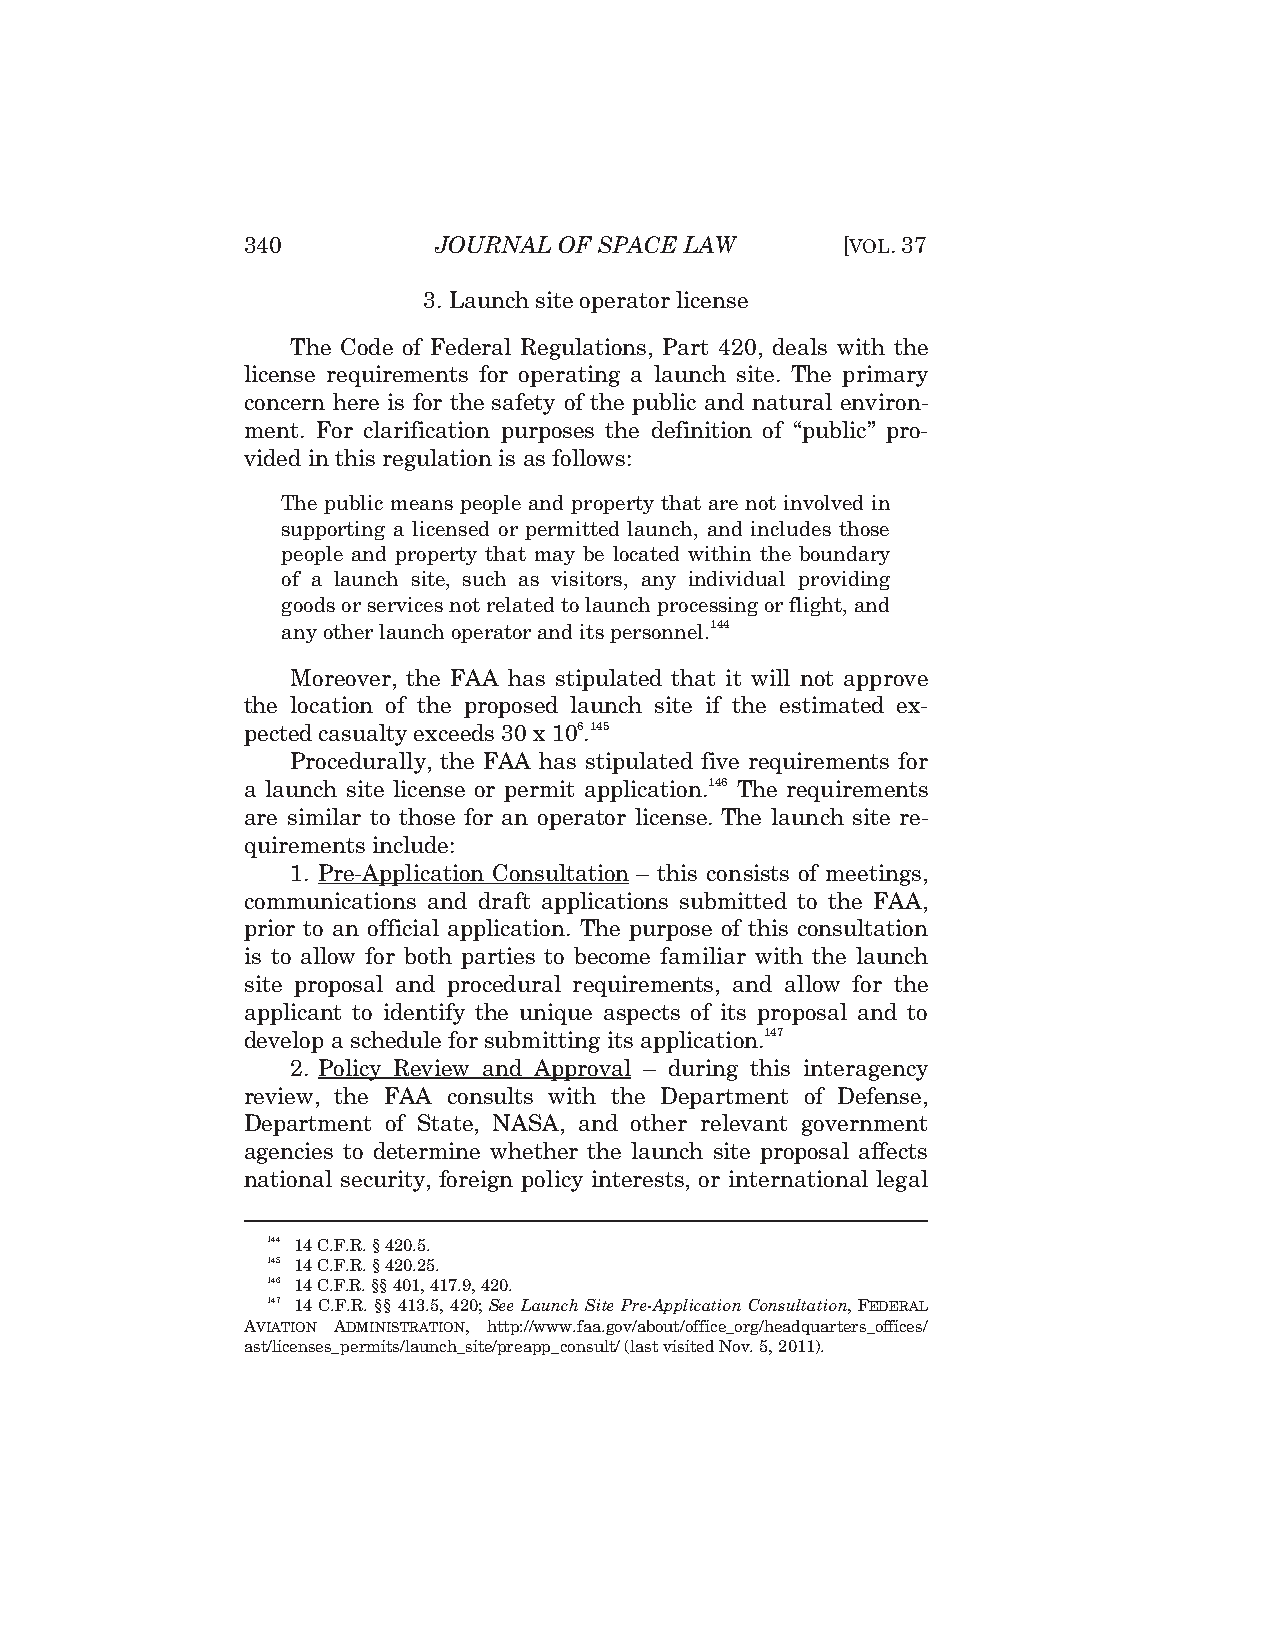
340          JOURNAL OF SPACE LAW       [VOL.37
 3. Launch site operator license
 The Code of Federal Regulations, Part 420, deals with the
 license requirements for operating a launch site. The primary
 concern here is for the safety of the public and natural environ-
 ment. For clarification purposes the definition of “public” pro-
 vided in this regulation is as follows:
 The public means people and property that are not involved in
 supporting a licensed or permitted launch, and includes those
 people and property that may be located within the boundary
 of a launch site, such as visitors, any individual providing
 goods or services not related to launch processing or flight, and
 any other launch operator and its personnel.144
 Moreover, the FAA has stipulated that it will not approve
 the location of the proposed launch site if the estimated ex-
 pected casualty exceeds 30 x 106.145
 Procedurally, the FAA has stipulated five requirements for
 a launch site license or permit application.146 The requirements
 are similar to those for an operator license. The launch site re-
 quirements include:
 1. Pre-Application Consultation – this consists of meetings,
 communications and draft applications submitted to the FAA,
 prior to an official application. The purpose of this consultation
 is to allow for both parties to become familiar with the launch
 site proposal and procedural requirements, and allow for the
 applicant to identify the unique aspects of its proposal and to
 develop a schedule for submitting its application.147
 2. Policy Review and Approval – during this interagency
 review, the FAA consults with the Department of Defense,
 Department of State, NASA, and other relevant government
 agencies to determine whether the launch site proposal affects
 national security, foreign policy interests, or international legal
 144 14 C.F.R. § 420.5.
 145 14 C.F.R. § 420.25.
 146 14 C.F.R. §§ 401, 417.9, 420.
 147 14 C.F.R. §§ 413.5, 420; See Launch Site Pre-Application Consultation, FEDERAL
 AVIATION ADMINISTRATION, http://www.faa.gov/about/office_org/headquarters_offices/
 ast/licenses_permits/launch_site/preapp_consult/ (last visited Nov. 5, 2011).